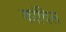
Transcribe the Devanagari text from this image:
कांदिल